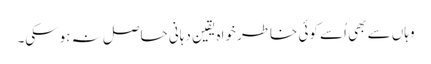
وہاں سے بھی اُسے کوئی خاطر خواہ یقین دہانی حاصل نہ ہوسکی۔